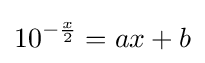
10^{-{\frac {x}{2}}}=ax+b